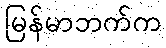
မြန်မာဘက်က